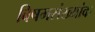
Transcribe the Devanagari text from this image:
विषमसंख्यांक